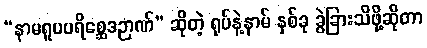
“နာမရူပပရိစ္ဆေဒဉာဏ်” ဆိုတဲ့ ရုပ်နဲ့နာမ် နှစ်ခု ခွဲခြားသိဖို့ဆိုတာ